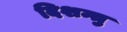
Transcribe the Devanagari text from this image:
दिशन्तु